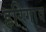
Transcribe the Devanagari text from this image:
हरिगाव